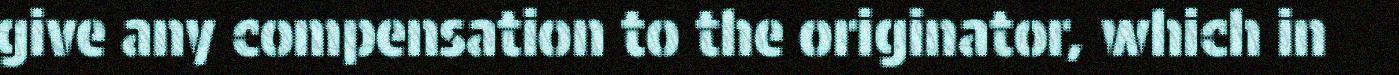
give any compensation to the originator, which in